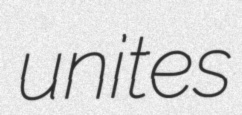
unites